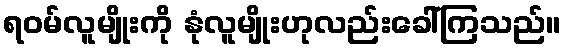
ရဝမ်လူမျိုးကို နုံလူမျိုးဟုလည်းခေါ်ကြသည်။